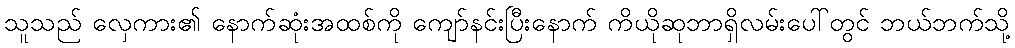
သူသည် လှေကား၏ နောက်ဆုံးအထစ်ကို ကျော်နင်းပြီးနောက် ကိယိုဆုဘာရှိလမ်းပေါ်တွင် ဘယ်ဘက်သို့